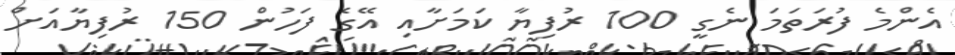
އެންމެ ފުރަތަމަ ނެގީ 100 ރުފިޔާ ކަމަށާއި އޭގެ ފަހުން 150 ރުފިޔާއަށް